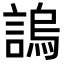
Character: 𧪛